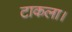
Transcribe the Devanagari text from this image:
टाकला।